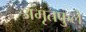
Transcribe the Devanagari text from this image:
अमृतफुले